Annual report on the mental hospital in the Central Provinces and Berar (Nagpur) - 1927-1951
Year: 1927
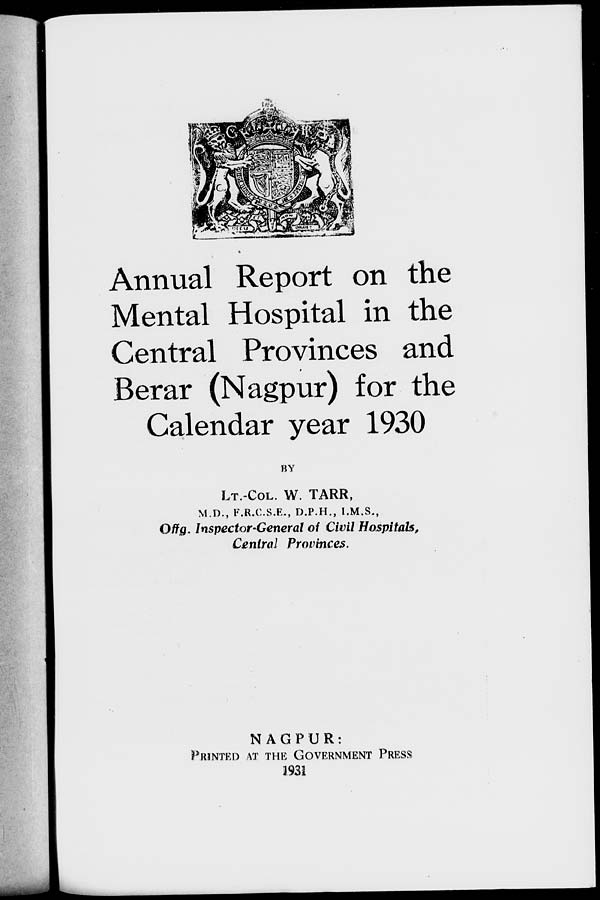
Annual Report on the
Mental Hospital in the
Central Provinces and
Berar (Nagpur) for the
Calendar year 1930
BY
LT.-COL. W. TARR,
M.D., F.R.C.S.E., D.P.H., I.M.S.,
Offg. Inspector-General of Civil Hospitals,
Central Provinces.
NAGPUR:
PRINTED AT THE GOVERNMENT PRESS
1931